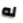
له